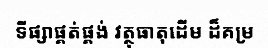
ទីផ្សាផ្គត់ផ្គង់ វត្ថុធាតុដើម ដ៏គម្រ